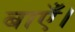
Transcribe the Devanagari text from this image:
बाएँ।